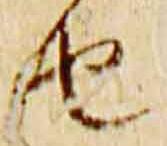
由